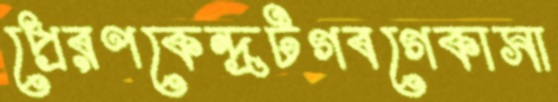
প্রেরণকেন্দ্রটগবগেকাসা